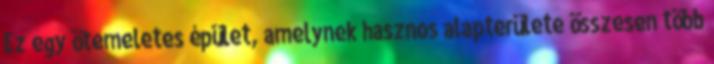
Ez egy ötemeletes épület, amelynek hasznos alapterülete összesen több